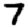
Digit: 7